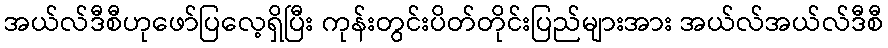
အယ်လ်ဒီစီဟုဖော်ပြလေ့ရှိပြီး ကုန်းတွင်းပိတ်တိုင်းပြည်များအား အယ်လ်အယ်လ်ဒီစီ